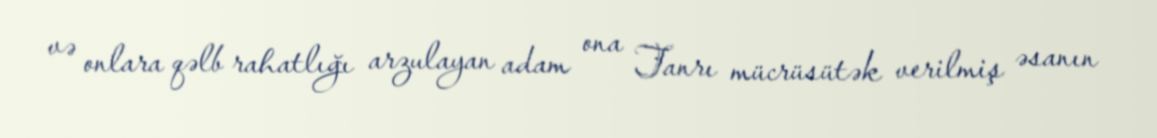
və onlara qəlb rahatlığı arzulayan adam ona Tanrı mücrüsütək verilmiş əsanın